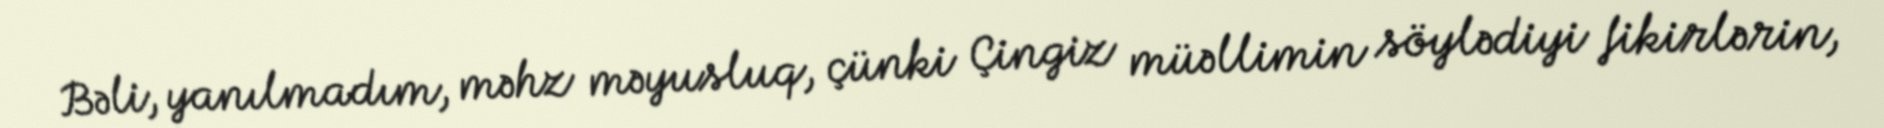
Bəli, yanılmadım, məhz məyusluq, çünki Çingiz müəllimin söylədiyi fikirlərin,